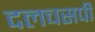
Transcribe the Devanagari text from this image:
दलचसपी